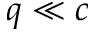
q \ll c